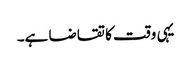
یہی وقت کا تقاضا ہے۔